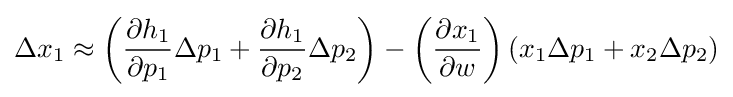
\Delta x_{1}\approx \left({\frac {\partial h_{1}}{\partial p_{1}}}\Delta p_{1}+{\frac {\partial h_{1}}{\partial p_{2}}}\Delta p_{2}\right)-\left({\frac {\partial x_{1}}{\partial w}}\right)\left(x_{1}\Delta p_{1}+x_{2}\Delta p_{2}\right)